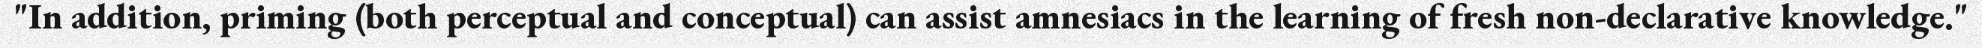
"In addition, priming (both perceptual and conceptual) can assist amnesiacs in the learning of fresh non-declarative knowledge."